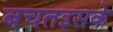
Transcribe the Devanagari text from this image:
बचतइसके